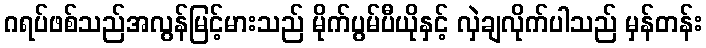
ဂရပ်ဖစ်သည်အလွန်မြင့်မားသည် မိုက်ပွမ်ပီယိုနှင့် လှဲချလိုက်ပါသည် မှန်တန်း